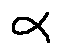
\alpha